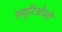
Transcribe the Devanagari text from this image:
फ़्यूरिओसो